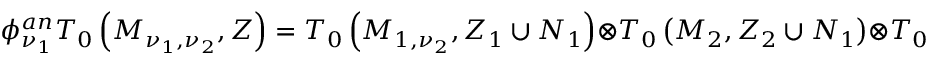
\phi _ { \nu _ { 1 } } ^ { a n } T _ { 0 } \left( M _ { \nu _ { 1 } , \nu _ { 2 } } , Z \right) = T _ { 0 } \left( M _ { 1 , \nu _ { 2 } } , Z _ { 1 } \cup N _ { 1 } \right) \otimes T _ { 0 } \left( M _ { 2 } , Z _ { 2 } \cup N _ { 1 } \right) \otimes T _ { 0 } ( N _ { 1 } ) .